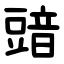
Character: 䜾